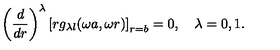
\left( \frac { d } { d r } \right) ^ { \lambda } \left[ r g _ { \lambda l } ( \omega a , \omega r ) \right] _ { r = b } = 0 , \quad \lambda = 0 , 1 .